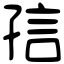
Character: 𡥪